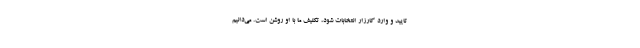
تایید و وارد کارزار انتخابات شود، تکلیف ما با او روشن است. می‌دانیم